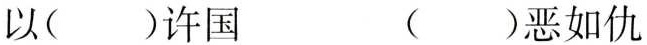
以( )许国 ( )恶如仇